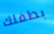
بطفلك